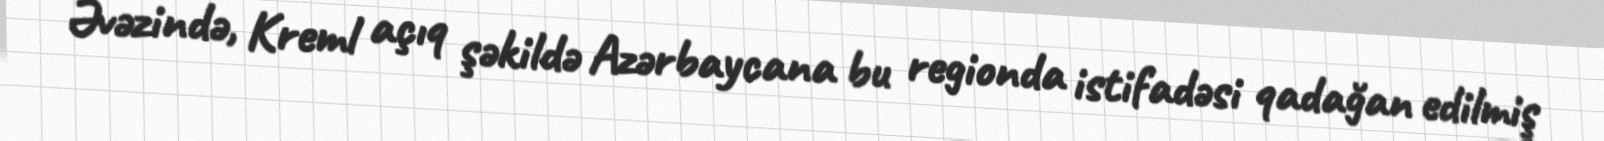
Əvəzində, Kreml açıq şəkildə Azərbaycana bu regionda istifadəsi qadağan edilmiş